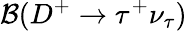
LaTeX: {\mathcal B}(D^{+}\to\tau^{+}\nu_{\tau})